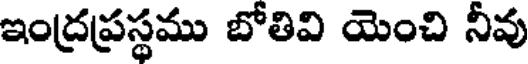
ఇంద్రప్రస్థము బోతివి యెంచి నీవు